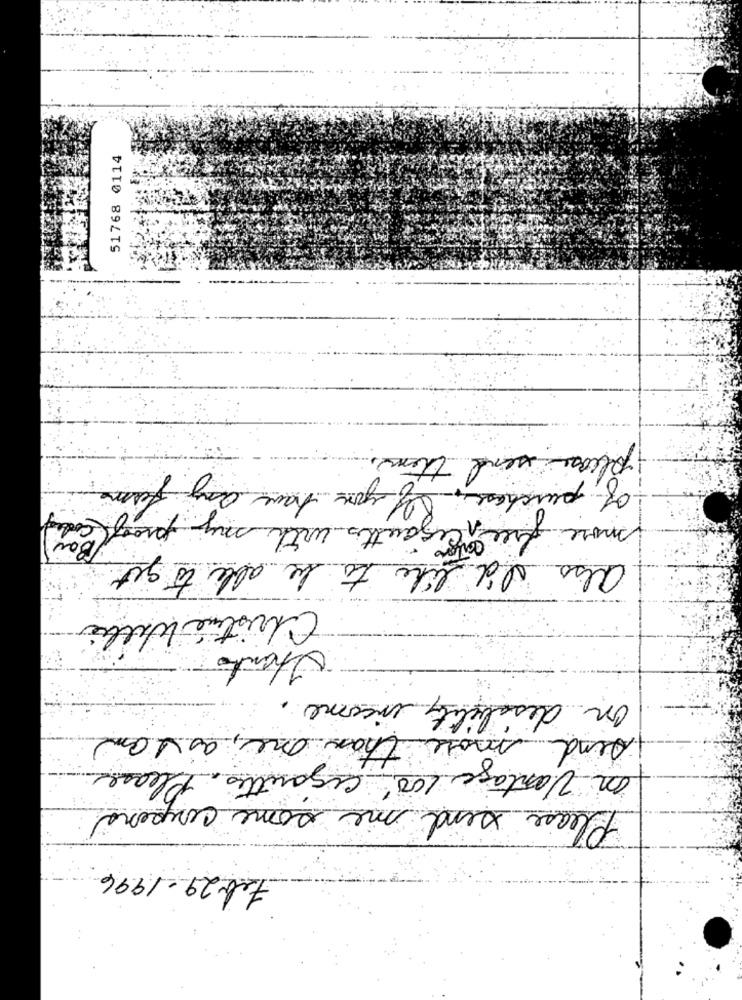
51768 0114
please send them.
of purchase. If you have any form
freen cigarettes with my proof code
more
Bow
also I'd like to be able to get
Christine Willie
Shento
on disability income.
than one, as 1 am
sind more
on Vantage 100 cigarettes. Please
Please send me some coupons
Feb 29 - 1996